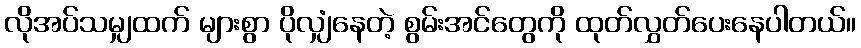
လိုအပ်သမျှထက် များစွာ ပိုလျှံနေတဲ့ စွမ်းအင်တွေကို ထုတ်လွှတ်ပေးနေပါတယ်။